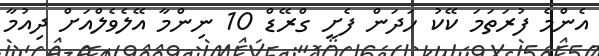
އެންމެ ފުރަތަމަ ކޭކު ހަދަން ފެށީ ގްރޭޑް 10 ނިންމާ އޭލެވެލްއަށް ދިއުމާ